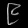
Digit: ၉